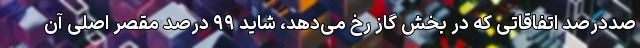
صددرصد اتفاقاتی که در بخش گاز رخ می‌دهد، شاید ۹۹ درصد مقصر اصلی آن